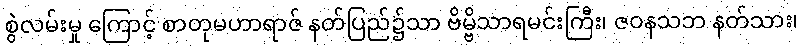
စွဲလမ်းမှု ကြောင့် စာတုမဟာရာဇ် နတ်ပြည်၌သာ ဗိမ္ဗိသာရမင်းကြီး၊ ဇဝနသဘ နတ်သား၊